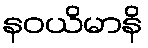
နဝယိမာနိ